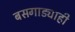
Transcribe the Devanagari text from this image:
बसगाड्याही